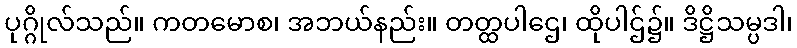
ပုဂ္ဂိုလ်သည်။ ကတမောစ၊ အဘယ်နည်း။ တတ္ထပါဌေ၊ ထိုပါဌ်၌။ ဒိဋ္ဌိသမ္ပဒါ၊